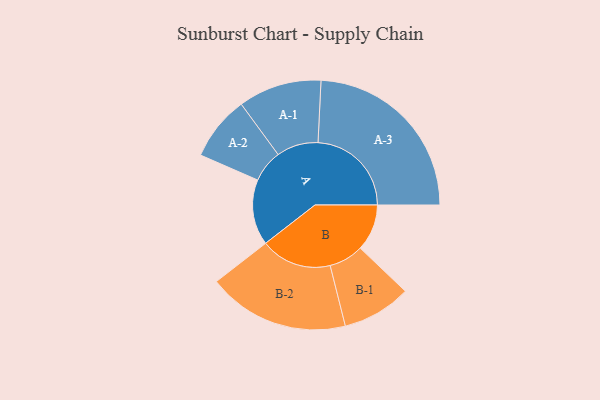
{"axis": {"x": "Segment", "y": "Value"}, "legend": ["", "A", "B"], "data": [{"x": "A", "y": 211, "type": ""}, {"x": "B", "y": 150, "type": ""}, {"x": "A-1", "y": 134, "type": "A"}, {"x": "A-2", "y": 104, "type": "A"}, {"x": "A-3", "y": 300, "type": "A"}, {"x": "B-1", "y": 111, "type": "B"}, {"x": "B-2", "y": 228, "type": "B"}]}